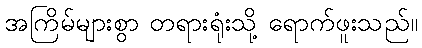
အကြိမ်များစွာ တရားရုံးသို့ ရောက်ဖူးသည်။